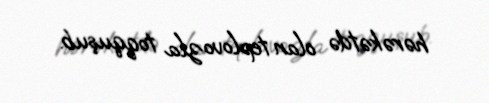
hərəkətdə olan teplovozla toqquşub.